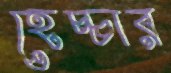
হেচ্চার